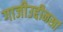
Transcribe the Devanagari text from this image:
गाजीउद्दीनखां